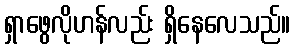
ရှာဖွေလိုဟန်လည်း ရှိနေလေသည်။